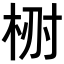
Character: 𣑗